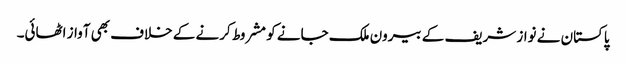
پاکستان نے نواز شریف کے بیرون ملک جانے کو مشروط کرنے کے خلاف بھی آواز اٹھائی۔